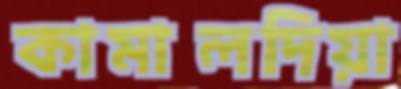
কামালদিয়া